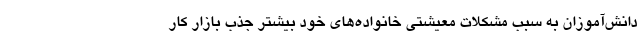
دانش‌آموزان به سبب مشکلات معیشتی خانواده‌های خود بیشتر جذب بازار کار